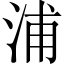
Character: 浦